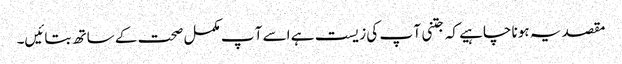
مقصد یہ ہونا چاہیے کہ جتنی آ پ کی زیست ہے اسے آ پ مکمل صحت کے ساتھ بتائیں۔